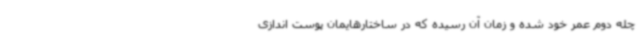
چله دوم عمر خود شده و زمان آن رسیده که در ساختارهایمان پوست اندازی